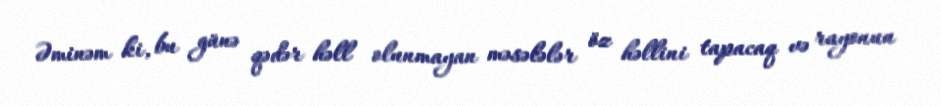
Əminəm ki, bu günə qədər həll olunmayan məsələlər öz həllini tapacaq və rayonun